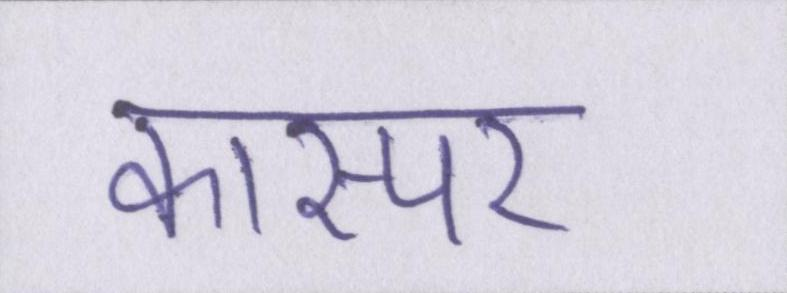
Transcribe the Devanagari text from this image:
कास्पर